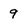
Character: 9